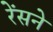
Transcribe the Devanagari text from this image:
रेंसने